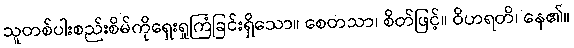
သူတစ်ပါးစည်းစိမ်ကိုရှေးရှုကြံခြင်းရှိသော။ စေတသာ၊ စိတ်ဖြင့်။ ဝိဟရတိ၊ နေ၏။